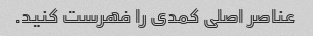
عناصر اصلی کمدی را فهرست کنید.